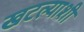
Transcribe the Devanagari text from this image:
खटल्याशी